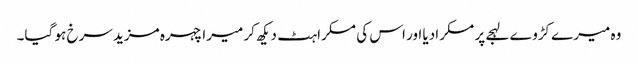
وہ میرے کڑوے لہجے پر مسکرادیا اور اس کی مسکراہٹ دیکھ کر میرا چہرہ مزید سرخ ہو گیا۔